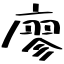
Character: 廖